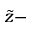
\tilde { z } -